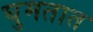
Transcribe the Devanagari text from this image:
घुमतात